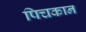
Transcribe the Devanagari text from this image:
पिचकान